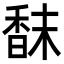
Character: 𩠿